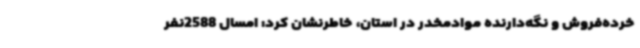
خرده‌فروش و نگه‌دارنده موادمخدر در استان، خاطرنشان کرد: امسال 2588نفر